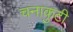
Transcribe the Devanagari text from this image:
चनाकुटी